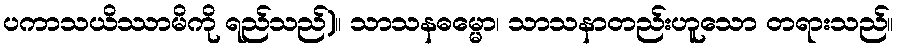
ပကာသယိဿာမိကို ရည်သည်)။ သာသနဓမ္မော၊ သာသနာတည်းဟူသော တရားသည်။